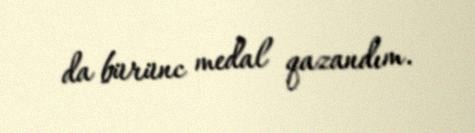
da bürünc medal qazandım.